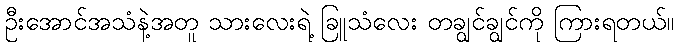
ဦးအောင်အသံနဲ့အတူ သားလေးရဲ့ ခြူသံလေး တချွင်ချွင်ကို ကြားရတယ်။